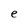
Character: e